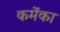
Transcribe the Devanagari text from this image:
कमेंका